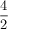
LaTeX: \frac { 4 } { 2 }